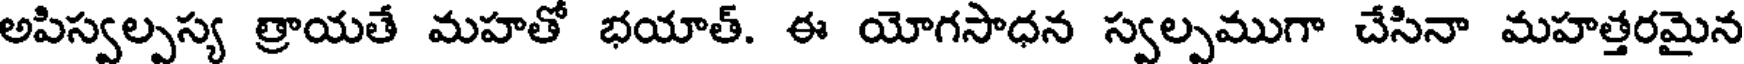
అపిస్వల్పస్య త్రాయతే మహతో భయాత్. ఈ యోగసాధన స్వల్పముగా చేసినా మహత్తరమైన